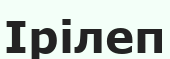
Ірілеп